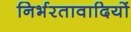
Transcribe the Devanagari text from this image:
निर्भरतावादियों